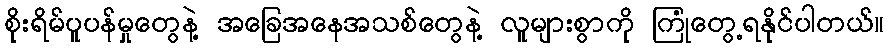
စိုးရိမ်ပူပန်မှုတွေနဲ့ အခြေအနေအသစ်တွေနဲ့ လူများစွာကို ကြုံတွေ့ရနိုင်ပါတယ်။